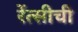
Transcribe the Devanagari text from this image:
रेंत्सीची